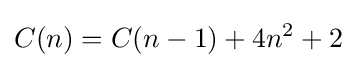
C(n)=C(n-1)+4n^{2}+2